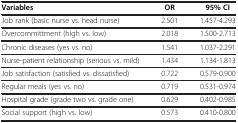
<table><thead><tr><td><b>Variables</b></td><td><b>OR</b></td><td><b>95% CI</b></td></tr></thead><tbody><tr><td>Job rank (basic nurse vs. head nurse)</td><td>2.501</td><td>1.457-4.293</td></tr><tr><td>Overcommittment (high vs. low)</td><td>2.018</td><td>1.500-2.713</td></tr><tr><td>Chronic diseases (yes vs. no)</td><td>1.541</td><td>1.037-2.291</td></tr><tr><td>Nurse-patient relationship (serious vs. mild)</td><td>1.434</td><td>1.134-1.813</td></tr><tr><td>Job satisfaction (satisfied vs. dissatisfied)</td><td>0.722</td><td>0.579-0.900</td></tr><tr><td>Regular meals (yes vs. no)</td><td>0.719</td><td>0.531-0.974</td></tr><tr><td>Hospital grade (grade two vs. grade one)</td><td>0.629</td><td>0.402-0.985</td></tr><tr><td>Social support (high vs. low)</td><td>0.573</td><td>0.410-0.800</td></tr></tbody></table>